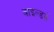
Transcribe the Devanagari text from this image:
वाइल्डर्स